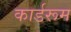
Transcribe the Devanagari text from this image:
कार्डरूम